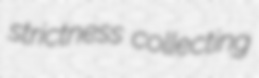
strictness collecting